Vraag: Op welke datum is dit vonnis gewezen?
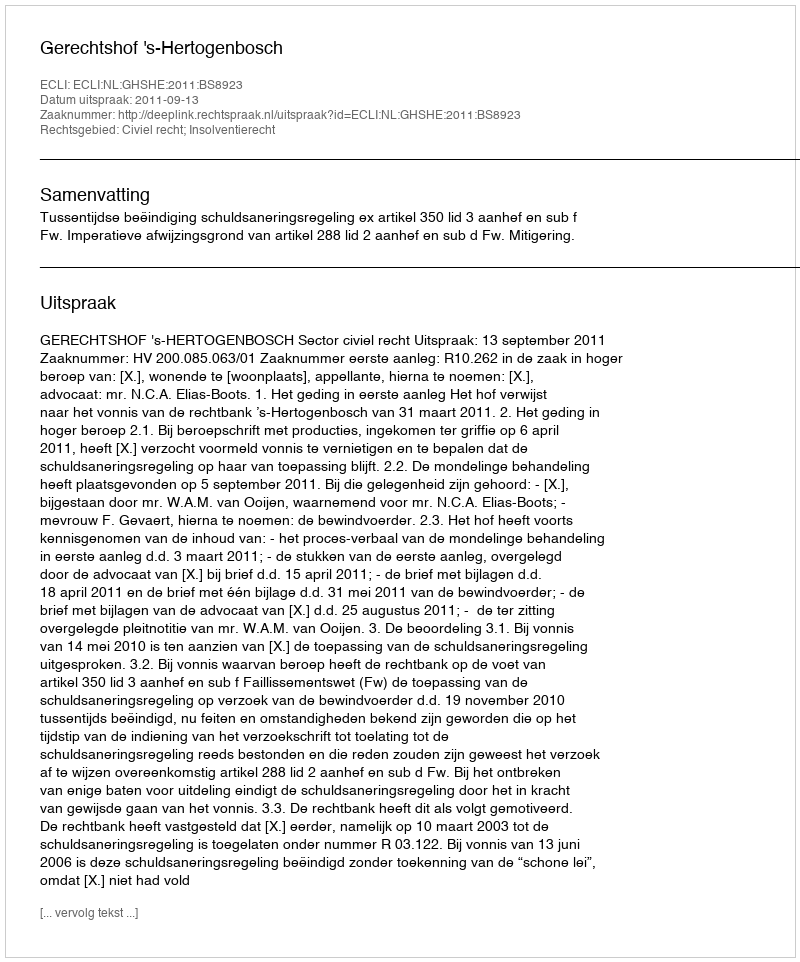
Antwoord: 2011-09-13